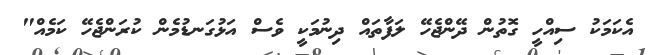
އެކަމަކު ސިއްހީ ގޮތުން ދޭންޖެހޭ ލަފާތައް ދިނުމަކީ ވެސް އަޅުގަނޑުމެން ކުރަންޖެހޭ ކަމެއް"